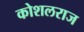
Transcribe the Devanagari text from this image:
कोशलराज